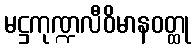
မဋ္ဌကုဏ္ဍလီဝိမာနဝတ္ထု